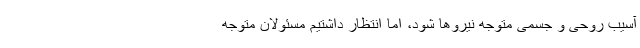
آسیب روحی و جسمی متوجه نیروها شود، اما انتظار داشتیم مسئولان متوجه